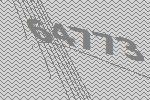
64773